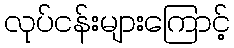
လုပ်ငန်းများကြောင့်